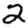
Digit: 2